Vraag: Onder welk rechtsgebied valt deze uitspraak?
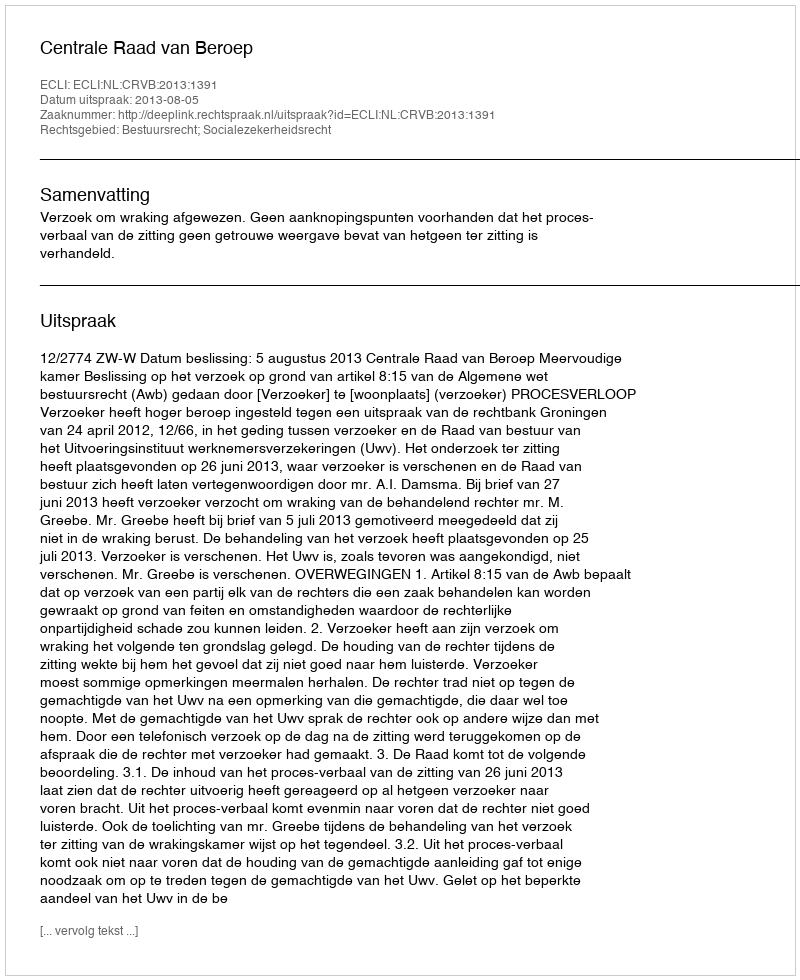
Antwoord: Bestuursrecht; Socialezekerheidsrecht